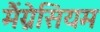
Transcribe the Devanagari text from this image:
मैंग्नेसियम